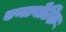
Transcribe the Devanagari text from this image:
एनाबेटिक